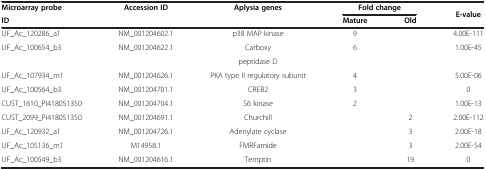
<table><thead><tr><td><b>Microarray probe</b></td><td><b>Accession ID</b></td><td><b>Aplysia genes</b></td><td colspan="2"><b>Fold change</b></td><td rowspan="2"><b>E-value</b></td></tr><tr><td><b>ID</b></td><td><b> </b></td><td><b> </b></td><td><b>Mature</b></td><td><b>Old</b></td></tr></thead><tbody><tr><td>UF_Ac_120286_a1</td><td>NM_001204602.1</td><td>p38 MAP kinase</td><td>9</td><td> </td><td>4.00E-111</td></tr><tr><td>UF_Ac_100654_b3</td><td>NM_001204622.1</td><td>Carboxy</td><td>6</td><td> </td><td>1.00E-45</td></tr><tr><td> </td><td> </td><td>peptidase D</td><td> </td><td> </td><td> </td></tr><tr><td>UF_Ac_107934_m1</td><td>NM_001204626.1</td><td>PKA type II regulatory subunit</td><td>4</td><td> </td><td>5.00E-06</td></tr><tr><td>UF_Ac_100564_b3</td><td>NM_001204701.1</td><td>CREB2</td><td>3</td><td> </td><td>0</td></tr><tr><td>CUST_1610_PI418051350</td><td>NM_001204704.1</td><td>S6 kinase</td><td>2</td><td> </td><td>1.00E-13</td></tr><tr><td>CUST_2099_PI418051350</td><td>NM_001204691.1</td><td>Churchill</td><td> </td><td>2</td><td>2.00E-112</td></tr><tr><td>UF_Ac_120932_a1</td><td>NM_001204726.1</td><td>Adenylate cyclase</td><td> </td><td>3</td><td>2.00E-18</td></tr><tr><td>UF_Ac_105136_m1</td><td>M14958.1</td><td>FMRFamide</td><td> </td><td>3</td><td>2.00E-54</td></tr><tr><td>UF_Ac_100549_b3</td><td>NM_001204616.1</td><td>Temptin</td><td> </td><td>19</td><td>0</td></tr></tbody></table>